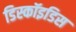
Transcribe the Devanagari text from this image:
डिस्कॉइडिस